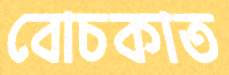
বোচকাত